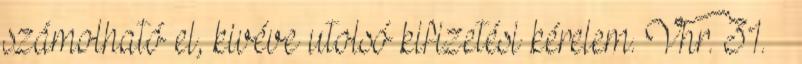
számolható el, kivéve utolsó kifizetési kérelem. Vhr. 31. §